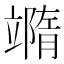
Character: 𥪹